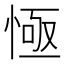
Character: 㥛